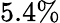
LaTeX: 5.4\%